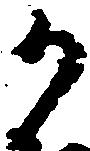
か